Report of the Imperial Institute of Veterinary Research, Muktesar
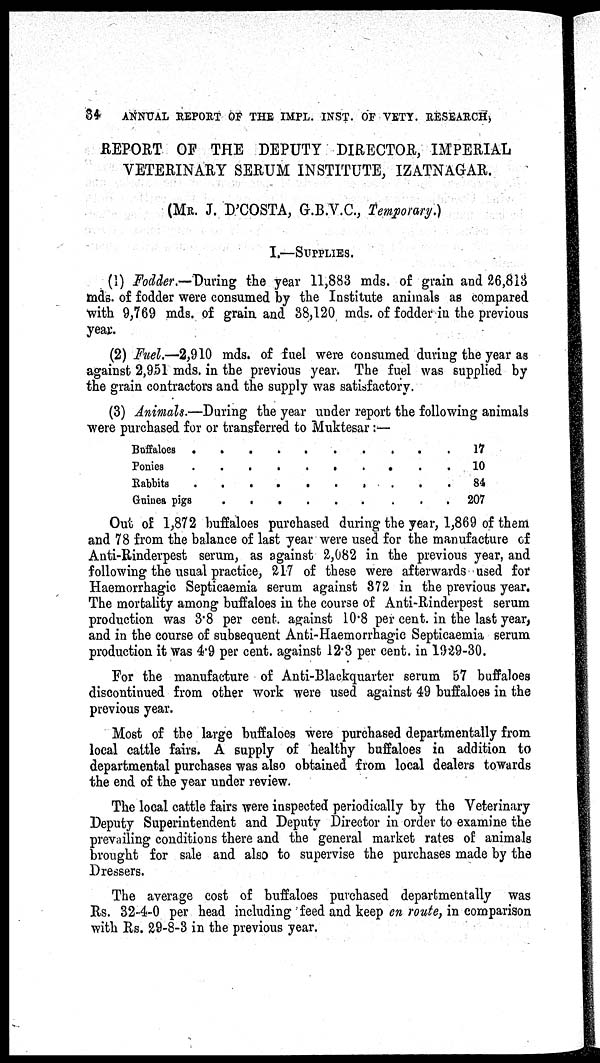
34
ANNUAL REPORT OF THE IMPL. INST. OF VETY. RESEARCH,
REPORT OF THE DEPUTY DIRECTOR, IMPERIAL
VETERINARY SERUM INSTITUTE, IZATNAGAR.
(MR. J. D'COSTA, G.B.V.C., Temporary.)
I.—SUPPLIES.
(1) Fodder.-During the year 11,883 mds. of grain and 26,813
mds. of fodder were consumed by the Institute animals as compared
with 9,769 mds. of grain and 38,120 mds. of fodder in the previous
year.
(2) Fuel.—2,910 mds. of fuel were consumed during the year as
against 2,951 mds. in the previous year. The fuel was supplied by
the grain contractors and the supply was satisfactory.
(3) Animals.—During the year under report the following animals
were purchased for or transferred to Muktesar:—
Buffaloes
Ponies
Rabbits
Guinea pigs
.
.
.
.
.
.
.
.
.
.
.
.
.
.
.
.
.
.
.
.
.
.
.
.
.
.
.
.
.
.
.
.
.
.
.
.
17
10
84
207
Out of 1,872 buffaloes purchased during the year, 1,869 of them
and 78 from the balance of last year were used for the manufacture of
Anti-Rinderpest serum, as against 2,082 in the previous year, and
following the usual practice, 217 of these were afterwards used for
Haemorrhagic Septicaemia serum against 372 in the previous year.
The mortality among buffaloes in the course of Anti-Rinderpest serum
production was 3.8 per cent. against 10.8 per cent. in the last year,
and in the course of subsequent Anti-Haemorrhagic Septicaemia serum
production it was 4.9 per cent. against 12.3 per cent. in 1929-30.
For the manufacture of Anti-Blackquarter serum 57 buffaloes
discontinued from other work were used against 49 buffaloes in the
previous year.
Most of the large buffaloes were purchased departmentally from
local cattle fairs. A supply of healthy buffaloes in addition to
departmental purchases was also obtained from local dealers towards
the end of the year under review.
The local cattle fairs were inspected periodically by the Veterinary
Deputy Superintendent and Deputy Director in order to examine the
prevailing conditions there and the general market rates of animals
brought for sale and also to supervise the purchases made by the
Dressers.
The average cost of buffaloes purchased departmentally was
Rs. 32-4-0 per head including feed and keep en route, in comparison
with Rs. 29-8-3 in the previous year.